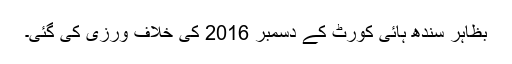
بظاہر سندھ ہائی کورٹ کے دسمبر 2016 کی خلاف ورزی کی گئی۔